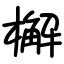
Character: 檞